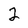
Character: 2